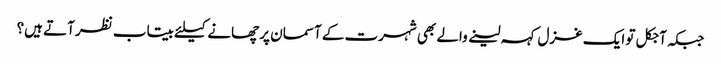
جبکہ آجکل تو ایک غزل کہہ لینے والے بھی شہرت کے آسمان پر چھانے کیلئے بیتاب نظر آتے ہیں؟